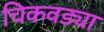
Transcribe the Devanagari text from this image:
चिकवड्या